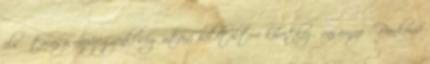
elsı tavaszi napéjegyenlıség utáni holdtöltére következı vasárnap - Pünkösd